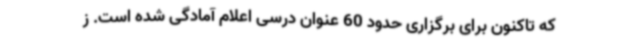
که تاکنون برای برگزاری حدود 60 عنوان درسی اعلام آمادگی شده است. ز